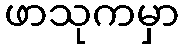
ဖာသုကမှာ